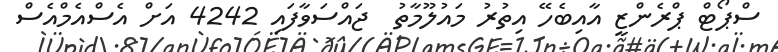
ސްޕޯޓް ޕްރެންޒީ އާއިބެހޭ އިތުރު މައުލޫމާތު  ޖައްސަވާފައި 4242 އަށް އެސްއެމްއެސް